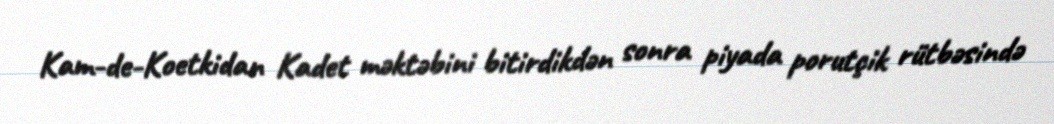
Kam-de-Koetkidan Kadet məktəbini bitirdikdən sonra piyada porutçik rütbəsində